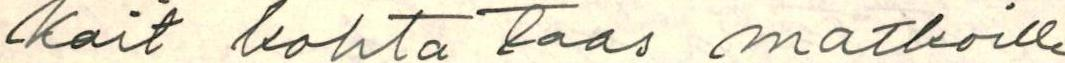
kait kohta taas matkoille